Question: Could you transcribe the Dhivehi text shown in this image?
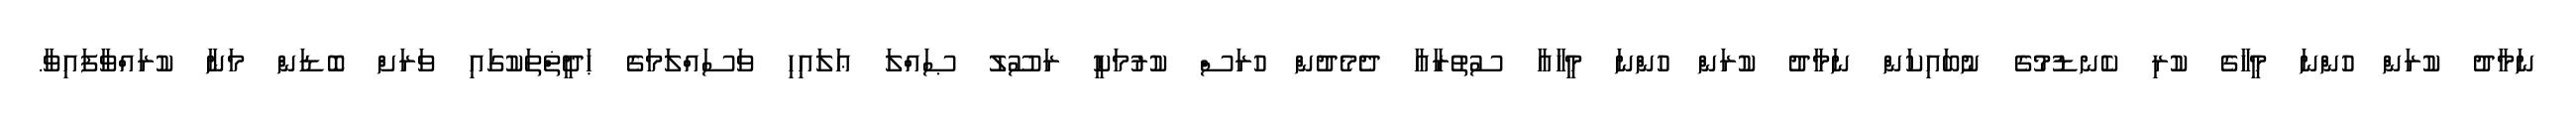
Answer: ނަމާދު ކުރަން ހުންނަ މީހާގެ ކުރި ކެނޑުމުގެ ނުބައިކަން ނަމާދު ކުރަން ހުންނަ މީހާއާ ސުތުރާއާ ދެމެދުން ހުރަސް ކުރުމަކީ ރަސޫލު ޞައްލަ ޢަލައިހި ވަސައްލަމަގެ ޙަދީޡްތަކުގައި ވަރަށް ބޮޑަން މަނާ ކުރައްވާފައިވާ.